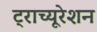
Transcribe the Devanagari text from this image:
ट्राच्यूरेशन